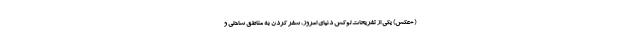
(+عکس) یکی از تفریحات لوکس دنیای امروز، سفر کردن به مناطق ساحلی و